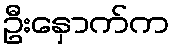
ဦးနှောက်က